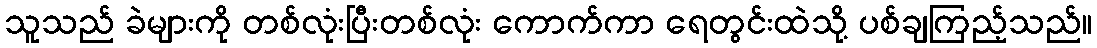
သူသည် ခဲများကို တစ်လုံးပြီးတစ်လုံး ကောက်ကာ ရေတွင်းထဲသို့ ပစ်ချကြည့်သည်။